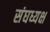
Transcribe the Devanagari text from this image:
संघध्यक्ष